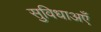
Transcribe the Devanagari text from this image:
सुविधाअएँ